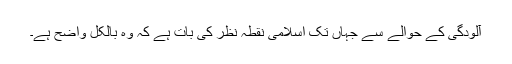
آلودگی کے حوالے سے جہاں تک اسلامی نقطہ نظر کی بات ہے کہ وہ بالکل واضح ہے۔